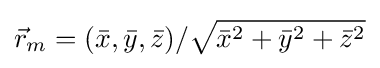
{\vec {r}}_{m}=({\bar {x}},{\bar {y}},{\bar {z}})/{\sqrt {{\bar {x}}^{2}+{\bar {y}}^{2}+{\bar {z}}^{2}}}